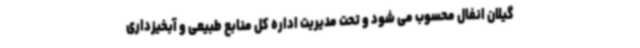
گیلان انفال محسوب می شود و تحت مدیریت اداره کل منابع طبیعی و آبخیزداری